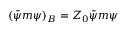
\left( { \bar { \psi } } m \psi \right) _ { B } = Z _ { 0 } { \bar { \psi } } m \psi